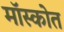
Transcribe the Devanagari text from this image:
मॉस्कोत